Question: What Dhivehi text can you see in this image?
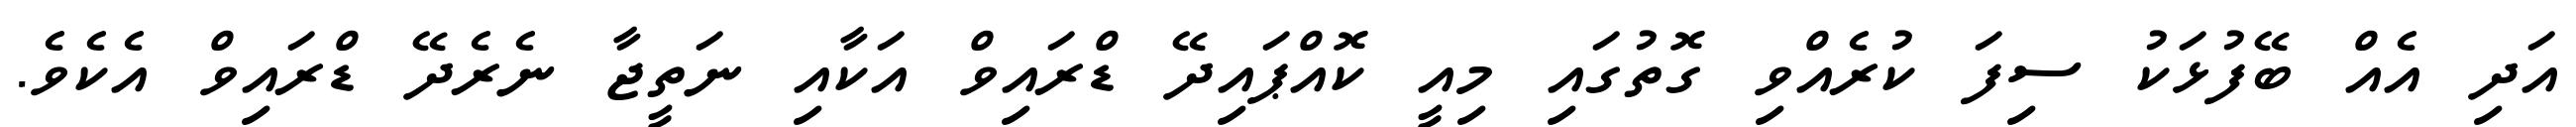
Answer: އަދި އެއް ބޭފުޅަކު ސިފަ ކުރެއްވި ގޮތުގައި މިއީ ކޮއްޕައިދޭ ޑްރައިވް އަކާއި ނަތީޖާ ނެރެދޭ ޑްރައިވް އެކެވެ.